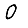
Digit: 0